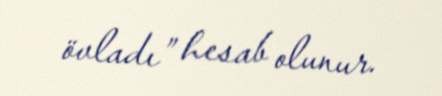
övladı” hesab olunur.